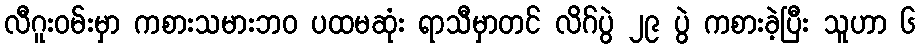
လီဂူးဝမ်းမှာ ကစားသမားဘဝ ပထမဆုံး ရာသီမှာတင် လိဂ်ပွဲ ၂၉ ပွဲ ကစားခဲ့ပြီး သူဟာ ၆